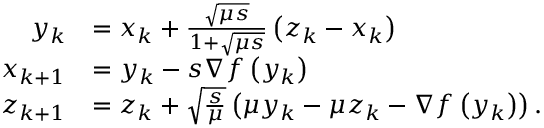
\begin{array} { r l } { y _ { k } } & { = x _ { k } + \frac { \sqrt { \mu s } } { 1 + \sqrt { \mu s } } \left( z _ { k } - x _ { k } \right) } \\ { x _ { k + 1 } } & { = y _ { k } - s \nabla f \left( y _ { k } \right) } \\ { z _ { k + 1 } } & { = z _ { k } + \sqrt { \frac { s } { \mu } } \left( \mu y _ { k } - \mu z _ { k } - \nabla f \left( y _ { k } \right) \right) . } \end{array}